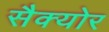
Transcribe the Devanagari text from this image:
सैक्योर